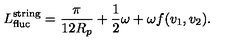
L _ { \mathrm { f l u c } } ^ { \mathrm { s t r i n g } } = \frac { \pi } { 1 2 R _ { p } } + \frac { 1 } { 2 } \omega + \omega f ( v _ { 1 } , v _ { 2 } ) .